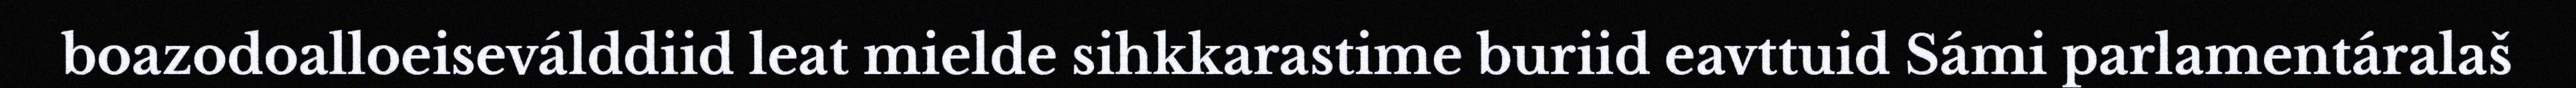
boazodoalloeiseválddiid leat mielde sihkkarastime buriid eavttuid Sámi parlamentáralaš